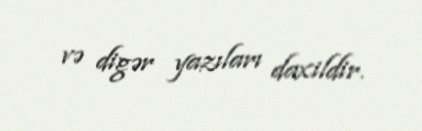
və digər yazıları daxildir.